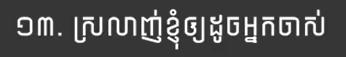
១៣. ស្រលាញ់ខ្ញុំឲ្យដូចអ្នកចាស់